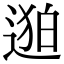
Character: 𬨯